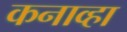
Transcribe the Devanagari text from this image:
कनाव्हा